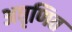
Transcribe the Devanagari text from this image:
अघृणित